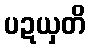
ပဍယှတိ